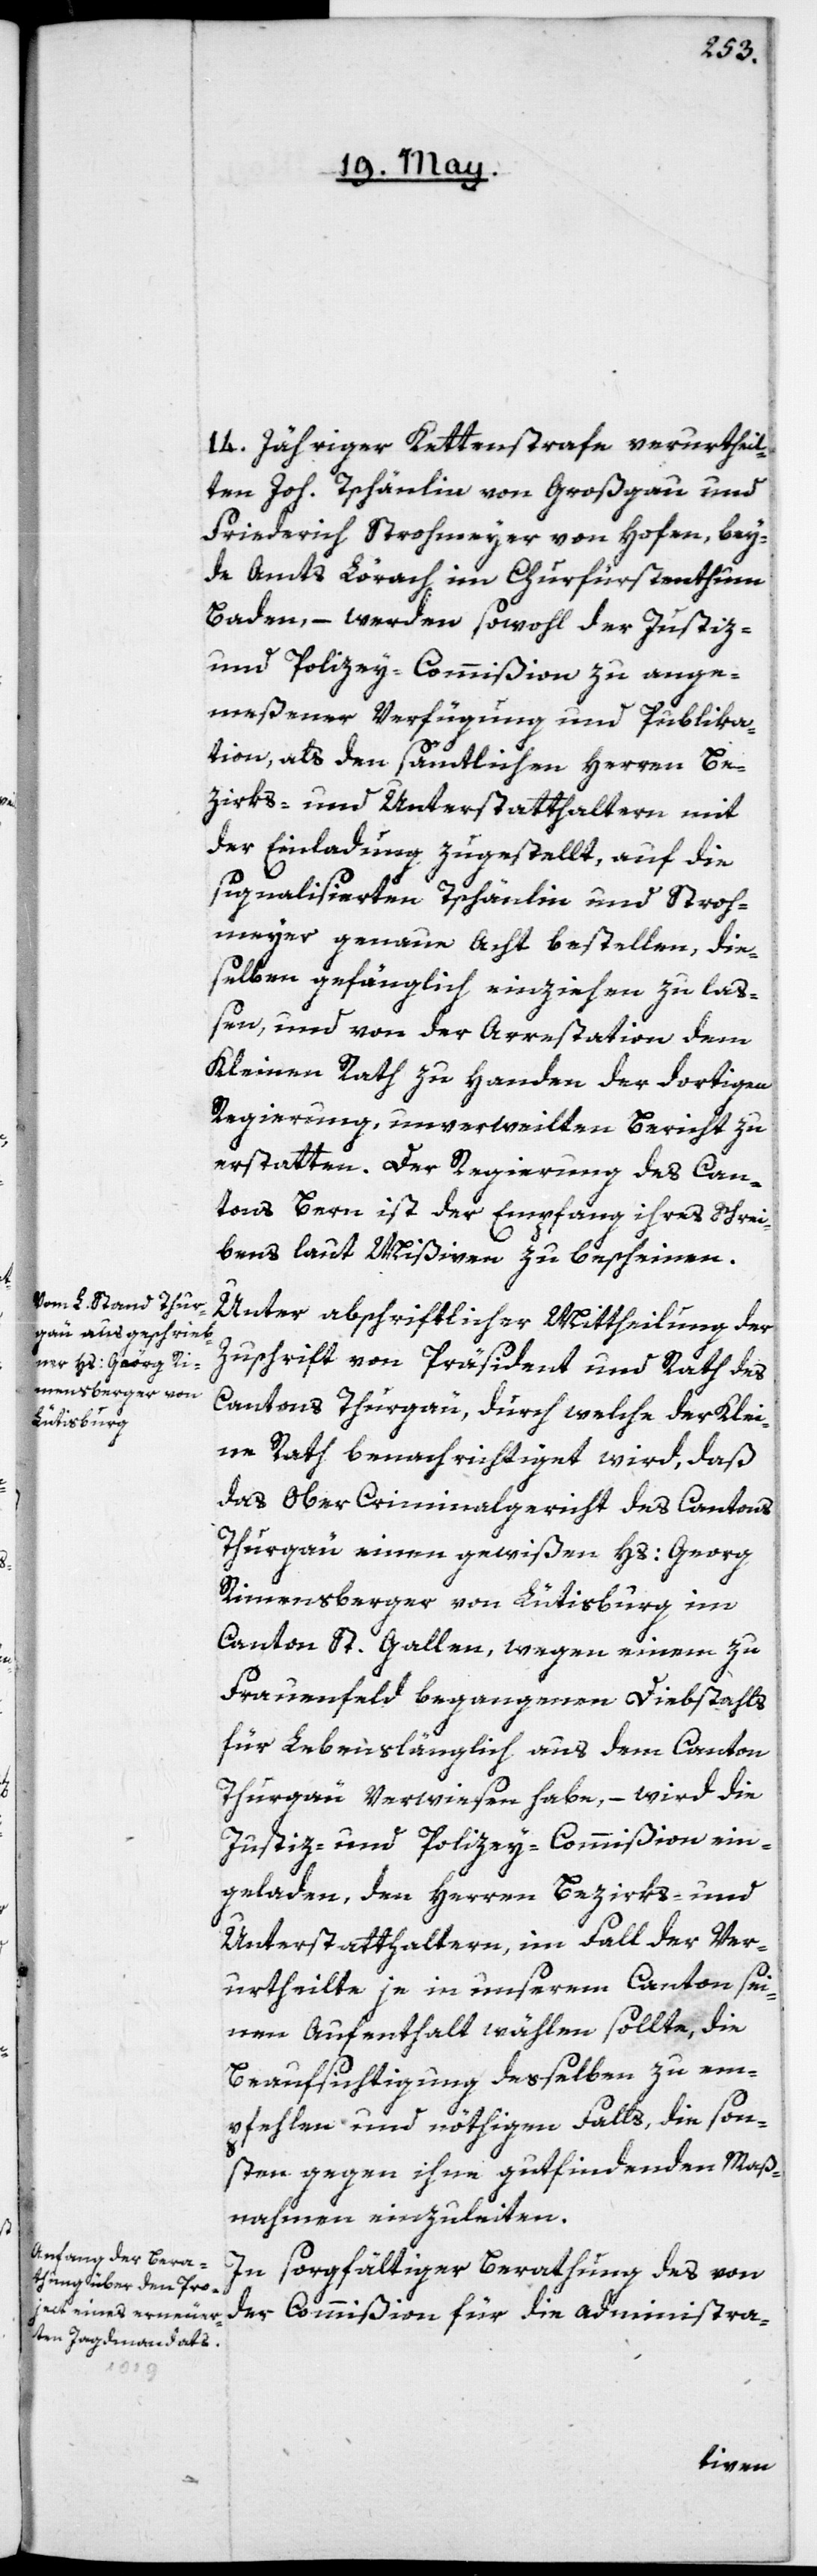
14. jähriger Kettenstrafe verurtheil¬
ten Joh. Tschänlin von Großgau und
Friederich [sic!] Strohmeyer von Hofen, bey¬
de Amts Lörach im Churfürstenthum
Baden, – werden sowohl der Justiz-
und Polizey-Commißion zu ange¬
meßener Verfügung und Publika¬
tion, als den sämtlichen Herren Be¬
zirks- und Unterstatthaltern mit
der Einladung zugestellt, auf die
signalisierten Tschänlin und Stroh¬
meyer genaue Acht bestellen, die¬
selben gefänglich einziehen zu laß¬
en, und von der Arrestation dem
Kleinen Rath zu Handen der dortigen
Regierung, unverweilten Bericht zu
erstatten. Der Regierung des Can¬
tons Bern ist der Empfang ihres Schrei¬
bens laut Mißiven zu bescheinen.
Unter abschriftlicher Mittheilung der
Zuschrift vom Präsident und Rath des
Cantons Thurgau, durch welche der Klei¬
ne Rath benachrichtiget wird, daß
das Ober-Criminalgericht des Cantons
Thurgau einen gewißen Hs: Georg
Rimensberger von Lütisburg im
Canton St. Gallen, wegen einem zu
Frauenfeld begangenen Diebstahls
für Lebenslänglich aus dem Canton
Thurgau verwiesen habe, – wird die
Justiz- und Polizey-Commißion ein¬
geladen, den Herren Bezirks- und
Unterstatthaltern, im Fall der Ver¬
urtheilte je in unserm Canton sei¬
nen Aufenthalt wählen sollte, die
Beaufsichtigung desselben zu em¬
pfehlen und nötigen Falls, die son¬
sten gegen ihne gutfindenden Maß¬
nahmen einzuleiten.
In sorgfältiger Berathung des von
der Commißion für die administra-